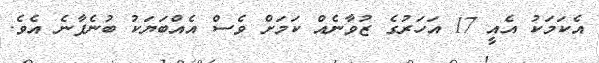
އެކަމަކު އެއީ 17 އަހަރުގެ ޒުވާނެއް ކަމަށް ވެސް އެއްބަޔަކު ބުނެފާނެ އެވެ.